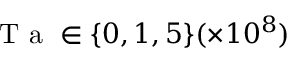
\mathrm { ~ T ~ a ~ } \in \{ 0 , 1 , 5 \} ( \times 1 0 ^ { 8 } )